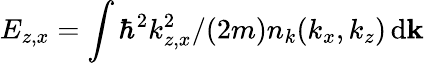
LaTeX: E_{z,x}=\int\hbar^{2}k_{z,x}^{2}/(2m)n_{k}(k_{x},k_{z})\, \mathrm{d}{\mathbf k}